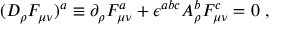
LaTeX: ( D _ { \rho } F _ { \mu \nu } ) ^ { a } \equiv \partial _ { \rho } F _ { \mu \nu } ^ { a } + \epsilon ^ { a b c } A _ { \rho } ^ { b } F _ { \mu \nu } ^ { c } = 0 \ ,